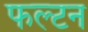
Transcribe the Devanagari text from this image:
फल्टन